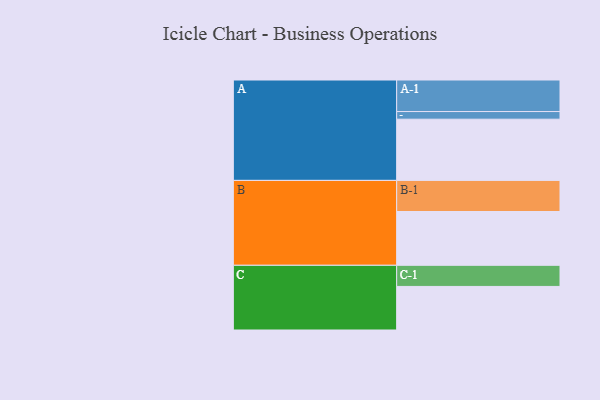
{"axis": {"x": "Segment", "y": "Value"}, "legend": ["", "A", "B", "C"], "data": [{"x": "A", "y": 545, "type": ""}, {"x": "B", "y": 479, "type": ""}, {"x": "C", "y": 388, "type": ""}, {"x": "A-1", "y": 281, "type": "A"}, {"x": "A-2", "y": 68, "type": "A"}, {"x": "B-1", "y": 277, "type": "B"}, {"x": "C-1", "y": 188, "type": "C"}]}